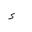
Letter: _hamza